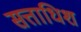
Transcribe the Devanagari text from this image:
सत्ताधिश